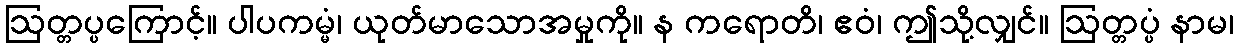
ဩတ္တပ္ပကြောင့်။ ပါပကမ္မံ၊ ယုတ်မာသောအမှုကို။ န ကရောတိ၊ ဧဝံ၊ ဤသို့လျှင်။ ဩတ္တပ္ပံ နာမ၊